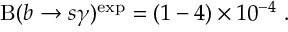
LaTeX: \mathrm { B } ( b \to s \gamma ) ^ { \mathrm { e x p } } = ( 1 - 4 ) \times 1 0 ^ { - 4 } \ .